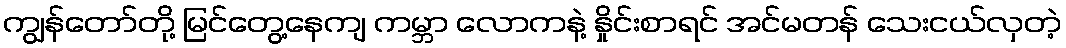
ကျွန်တော်တို့ မြင်တွေ့နေကျ ကမ္ဘာ လောကနဲ့ နှိုင်းစာရင် အင်မတန် သေးငယ်လှတဲ့